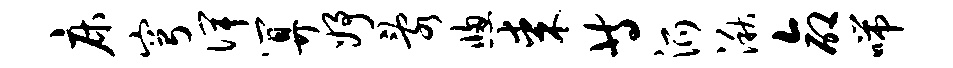
床穹俾算妤乱窗某等派湫命喘